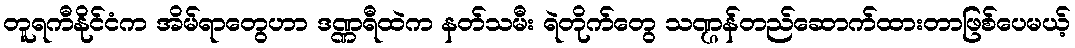
တူရကီနိုင်ငံက အိမ်ရာတွေဟာ ဒဏ္ဏရီထဲက နတ်သမီး ရဲတိုက်တွေ သဏ္ဌန်တည်ဆောက်ထားတာဖြစ်ပေမယ့်